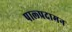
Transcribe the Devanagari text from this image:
पाल्प्रदामन